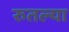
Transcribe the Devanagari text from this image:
रुतल्या